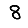
Digit: 8